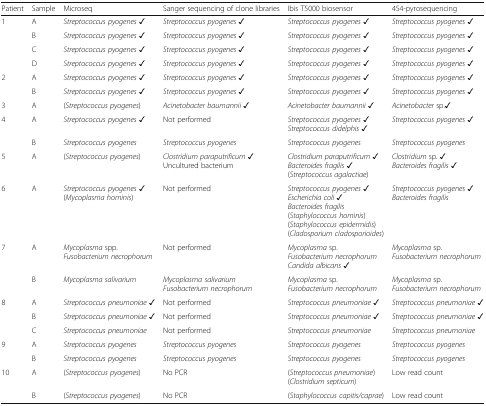
<table><thead><tr><td><b>Patient</b></td><td><b>Sample</b></td><td><b>Microseq</b></td><td><b>Sanger sequencing of clone libraries</b></td><td><b>Ibis T5000 biosensor</b></td><td><b>454-pyrosequencing</b></td></tr></thead><tbody><tr><td>1</td><td>A</td><td><i>Streptococcus pyogenes ✓</i></td><td><i>Streptococcus pyogenes ✓</i></td><td><i>Streptococcus pyogenes ✓</i></td><td><i>Streptococcus pyogenes ✓</i></td></tr><tr><td></td><td>B</td><td><i>Streptococcus pyogenes ✓</i></td><td><i>Streptococcus pyogenes ✓</i></td><td><i>Streptococcus pyogenes ✓</i></td><td><i>Streptococcus pyogenes ✓</i></td></tr><tr><td></td><td>C</td><td><i>Streptococcus pyogenes ✓</i></td><td><i>Streptococcus pyogenes ✓</i></td><td><i>Streptococcus pyogenes ✓</i></td><td><i>Streptococcus pyogenes ✓</i></td></tr><tr><td></td><td>D</td><td><i>Streptococcus pyogenes ✓</i></td><td><i>Streptococcus pyogenes ✓</i></td><td><i>Streptococcus pyogenes ✓</i></td><td><i>Streptococcus pyogenes ✓</i></td></tr><tr><td>2</td><td>A</td><td><i>Streptococcus pyogenes ✓</i></td><td><i>Streptococcus pyogenes ✓</i></td><td><i>Streptococcus pyogenes ✓</i></td><td><i>Streptococcus pyogenes ✓</i></td></tr><tr><td></td><td>B</td><td><i>Streptococcus pyogenes ✓</i></td><td><i>Streptococcus pyogenes ✓</i></td><td><i>Streptococcus pyogenes ✓</i></td><td><i>Streptococcus pyogenes ✓</i></td></tr><tr><td>3</td><td>A</td><td>(<i>Streptococcus pyogenes</i>)</td><td><i>Acinetobacter baumannii</i> ✓</td><td><i>Acinetobacter baumannii ✓</i></td><td><i>Acinetobacter</i> sp.✓</td></tr><tr><td>4</td><td>A</td><td><i>Streptococcus pyogenes ✓</i></td><td>Not performed</td><td><i>Streptococcus pyogenes ✓</i><i>Streptococcus didelphis ✓</i></td><td><i>Streptococcus pyogenes ✓</i></td></tr><tr><td></td><td>B</td><td><i>Streptococcus pyogenes</i></td><td><i>Streptococcus pyogenes</i></td><td><i>Streptococcus pyogenes</i></td><td><i>Streptococcus pyogenes</i></td></tr><tr><td>5</td><td>A</td><td>(<i>Streptococcus pyogenes</i>)</td><td><i>Clostridium paraputrificum</i> ✓Uncultured bacterium</td><td><i>Clostridium paraputrificum</i> ✓<i>Bacteroides fragilis</i> ✓(<i>Streptococcus agalactiae</i>)</td><td><i>Clostridium</i> sp. ✓<i>Bacteroides fragilis</i> ✓</td></tr><tr><td>6</td><td>A</td><td><i>Streptococcus pyogenes ✓</i>(<i>Mycoplasma hominis</i>)</td><td>Not performed</td><td><i>Streptococcus pyogenes ✓</i><i>Escherichia coli ✓</i><i>Bacteroides fragilis</i>(<i>Staphylococcus hominis</i>)(<i>Staphylococcus epidermidis</i>)(<i>Cladosporium cladosporioides</i>)</td><td><i>Streptococcus pyogenes ✓</i><i>Bacteroides fragilis</i></td></tr><tr><td>7</td><td>A</td><td><i>Mycoplasma</i> spp.<i>Fusobacterium necrophorum</i></td><td>Not performed</td><td><i>Mycoplasma</i> sp.<i>Fusobacterium necrophorum</i><i>Candida albicans</i> ✓</td><td><i>Mycoplasma</i> sp.<i>Fusobacterium necrophorum</i></td></tr><tr><td></td><td>B</td><td><i>Mycoplasma salivarium</i></td><td><i>Mycoplasma salivarium</i><i>Fusobacterium necrophorum</i></td><td><i>Mycoplasma</i> sp.<i>Fusobacterium necrophorum</i></td><td><i>Mycoplasma</i> sp.<i>Fusobacterium necrophorum</i></td></tr><tr><td>8</td><td>A</td><td><i>Streptococcus pneumoniae ✓</i></td><td>Not performed</td><td><i>Streptococcus pneumoniae ✓</i></td><td><i>Streptococcus pneumoniae ✓</i></td></tr><tr><td></td><td>B</td><td><i>Streptococcus pneumoniae ✓</i></td><td>Not performed</td><td><i>Streptococcus pneumoniae ✓</i></td><td><i>Streptococcus pneumoniae ✓</i></td></tr><tr><td></td><td>C</td><td><i>Streptococcus pneumoniae</i></td><td>Not performed</td><td><i>Streptococcus pneumoniae</i></td><td><i>Streptococcus pneumoniae</i></td></tr><tr><td>9</td><td>A</td><td><i>Streptococcus pyogenes</i></td><td><i>Streptococcus pyogenes</i></td><td><i>Streptococcus pyogenes</i></td><td><i>Streptococcus pyogenes</i></td></tr><tr><td></td><td>B</td><td><i>Streptococcus pyogenes</i></td><td><i>Streptococcus pyogenes</i></td><td><i>Streptococcus pyogenes</i></td><td><i>Streptococcus pyogenes</i></td></tr><tr><td>10</td><td>A</td><td>(<i>Streptococcus pyogenes</i>)</td><td>No PCR</td><td>(<i>Streptococcus pneumoniae</i>)(<i>Clostridium septicum</i>)</td><td>Low read count</td></tr><tr><td></td><td>B</td><td>(<i>Streptococcus pyogenes</i>)</td><td>No PCR</td><td>(<i>Staphylococcus capitis/caprae</i>)</td><td>Low read count</td></tr></tbody></table>